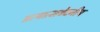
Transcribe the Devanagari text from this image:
प्रत्यात्मवेदनीय